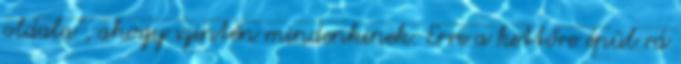
oldala”, ahogy szintén mindenkinek. Erre a kettőre épül rá